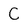
Character: C